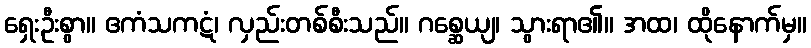
ရှေးဦးစွာ။ ဧကံသကဋံ၊ လှည်းတစ်စီးသည်။ ဂစ္ဆေယျ၊ သွားရာ၏။ အထ၊ ထိုနောက်မှ။